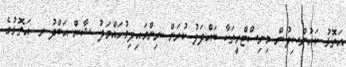
އަތޮޅު ކައުންސިލުން މިނިސްޓްރީތަކާ ބައްދަލު ކުރަން ނިންމައިފިމުހައްމަދު ޝާން އަބްދު ރ. އަތޮޅުގެ